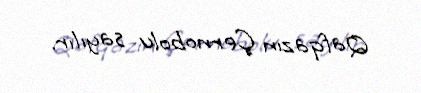
Qafqazın Çernobolu sayılır.